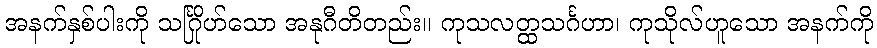
အနက်နှစ်ပါးကို သင်္ဂြိုဟ်သော အနုဂီတိတည်း။ ကုသလတ္ထသင်္ဂဟာ၊ ကုသိုလ်ဟူသော အနက်ကို